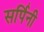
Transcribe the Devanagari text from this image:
सर्पिनी